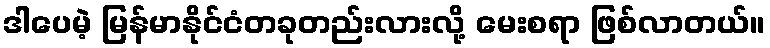
ဒါပေမဲ့ မြန်မာနိုင်ငံတခုတည်းလားလို့ မေးစရာ ဖြစ်လာတယ်။